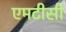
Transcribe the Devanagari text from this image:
एमटीसी